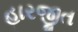
હારજીત